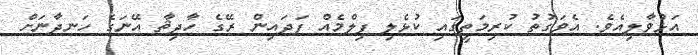
އަޅުވާލިއެވެ. އެވަގުތު ކުރިމަތީގައި ކުޅެލި ފިލްމެއް ފަދައިން ރޭގެ ހާދިޘާ އޭނަގެ ހަނދާނަށް